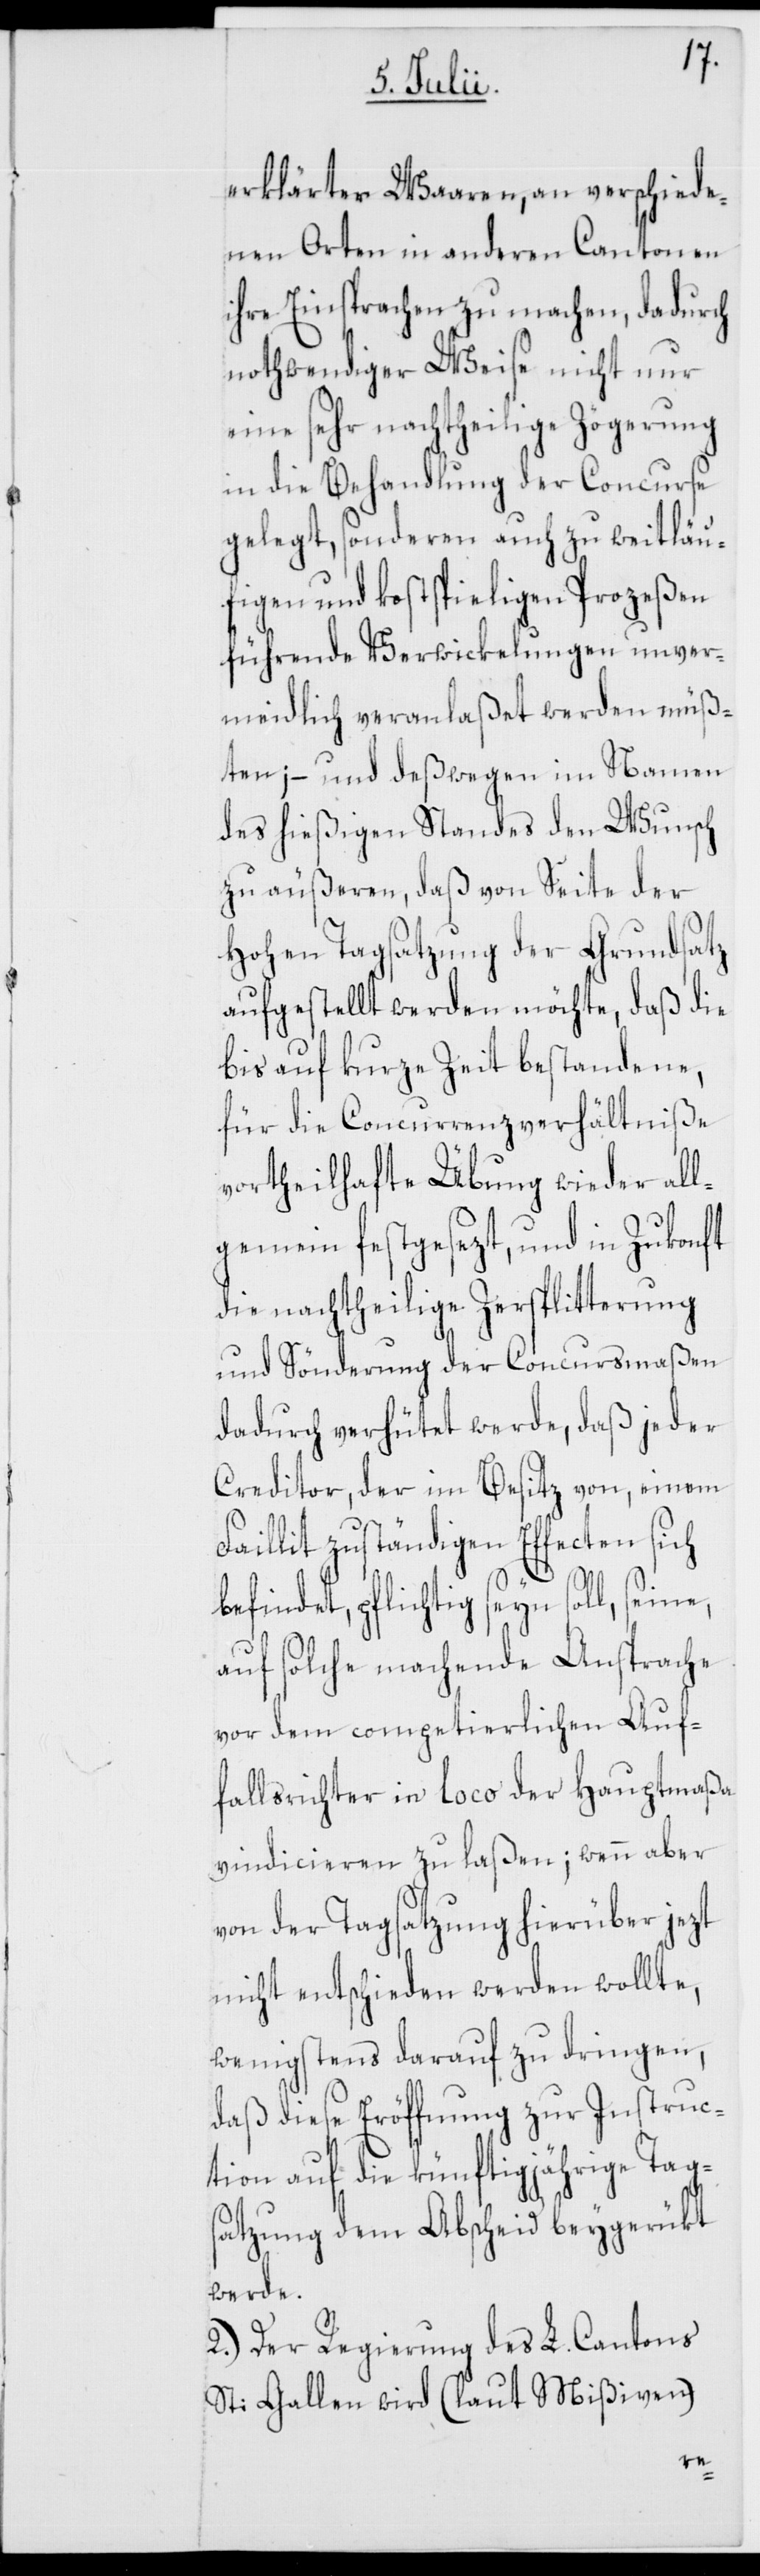
erklärter Waaren, an verschiede¬
nen Orten in anderen Cantonen
ihre Einsprachen zu machen, dadurch
nothwendiger Weise nicht nur
eine sehr nachtheilige Zögerung
in die Behandlung der Concurse
gelegt, sonderen auch zu weitläu¬
figen und kostspieligen Prozeßen
führende Verwickelungen unver¬
meidlich veranlaßet werden müß¬
ten; – und deßwegen im Namen
des hießigen Standes den Wunsch
zu äußeren, daß von Seite der
Hohen Tagsatzung der Grundsatz
aufgestellt werden möchte, daß die
bis auf kurze Zeit bestandene,
für die Concurrenzverhältniße
vortheilhafte Übung wieder all¬
gemein festgesezt, und in Zukonft
die nachtheilige Zersplitterung
und Sönderung der Concursmaßen
dadurch verhütet werde, daß jeder
Creditor, der im Besitz von, einem
Faillit zuständigen Effecten sich
befindet, pflichtig seyn soll, seine,
auf solche machende Ansprache
vor dem competierlichen Auf¬
fallsrichter in loco der Hauptmaßa
vindicieren zu laßen; wenn aber
von der Tagsatzung hierüber jezt
nicht entschieden werden wollte,
wenigstens darauf zu dringen,
daß diese Eröffnung zur Instruc¬
tion auf die künftigjährige Tag¬
satzung dem Abscheid beygerükt
werde.
2.) Der Regierung des L. Cantons
St: Gallen wird (laut Mißiven)